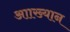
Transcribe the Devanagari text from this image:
आाख्यान